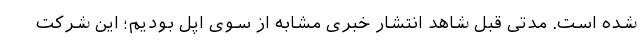
شده است. مدتی قبل شاهد انتشار خبری مشابه از سوی اپل بودیم؛ این شرکت